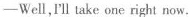
—Well,I'll take one right now.